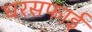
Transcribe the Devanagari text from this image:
घरसफाई